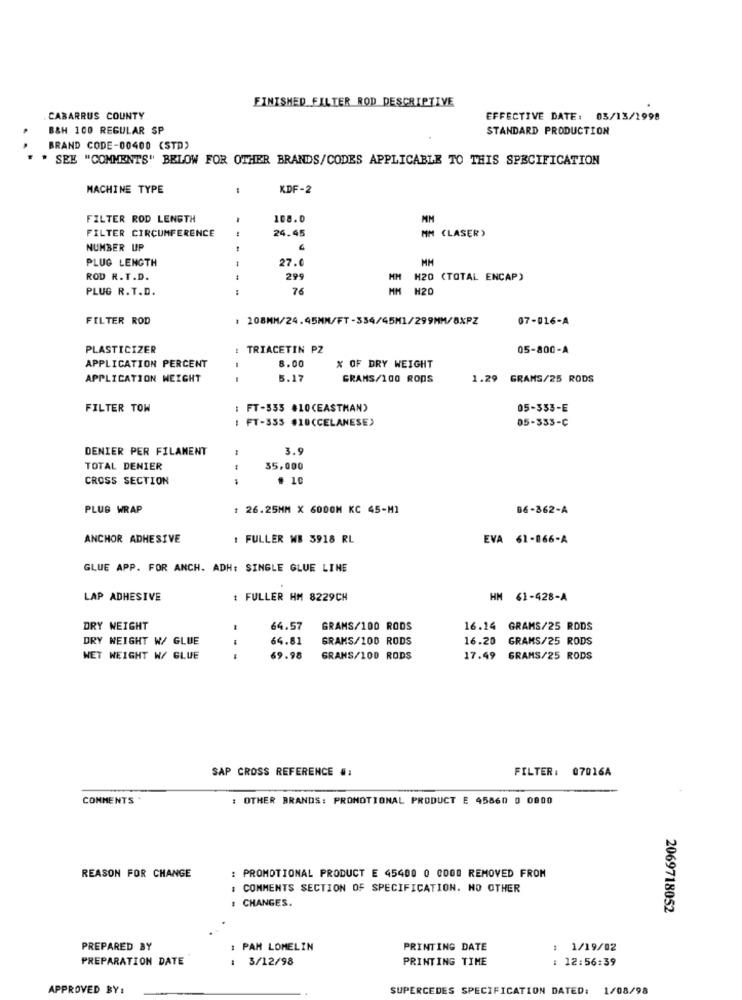
FINISHED FILTER ROD DESCRIPTIVE
CABARRUS COUNTY
EFFECTIVE DATE: 03/13/1998
B&H 100 REGULAR SP
STANDARD PRODUCTION
BRAND CODE-00400 (STD)
* SEE "COMMENTS" BELOW FOR OTHER BRANDS/CODES APPLICABLE TO THIS SPECIFICATION
MACHINE TYPE
KDF-2
FILTER ROD LENGTH
108.0
MM
FILTER CIRCUMFERENCE
24.45
MM (LASER)
NUMBER UP
PLUG LENGTH
27.0
MM
ROD R. T.D.
299
H20 (TOTAL ENCAP)
PLUG R.T.D.
---
76
MM H20
FILTER ROD
208MM/24.45MM/FT-334/45M1/299MM/8XPZ
07-016-A
PLASTICIZER
TRIACETIN PZ
05-800-A
8.00
APPLICATION PERCENT
% OF DRY WEIGHT
APPLICATION WEIGHT
5.17
GRAMS/100 RODS
1.29 GRAMS/25 RODS
FILTER TOW
: FT-555 #10(EASTMAN)
05-353-E
FT-355 #18(CELANESE)
05-333-C
DENIER PER FILAMENT
3.9
TOTAL DENIER
35,000
CROSS SECTION
# 10
PLUS WRAP
: 26.25MM X 6000M KC 45-MI
06-862-A
ANCHOR ADHESIVE
1 FULLER WB 3918 RL
EVA 61-866-A
GLUE APP. FOR ANCH. ADH: SINGLE GLUE LINE
LAP ADHESIVE
: FULLER HM 8229CH
HM 61-428-A
DRY WEIGHT
64.57
GRAMS/100 RODS
16.14 GRAMS/25 RODS
DRY WEIGHT W/ GLUE
64.81
GRAMS/100 RODS
16.20 GRAMS/25 RODS
NET WEIGHT W/ GLUE
69.98
GRANS/100 RODS
17.49 GRAMS/25 RODS
SAP CROSS REFERENCE #:
FILTER: 07016A
COMMENTS
OTHER BRANDS: PROMOTIONAL PRODUCT E 45860 0 0800
REASON FOR CHANGE
: PROMOTIONAL PRODUCT E 45400 0 0OOD REMOVED FROM
: COMMENTS SECTION OF SPECIFICATION. NO OTHER
CHANGES.
2069718052
PREPARED BY
: PAM LOMELIN
PRINTING DATE
1/19/02
PREPARATION DATE
: 3/12/98
PRINTING TIME
: 12:56:39
APPROVED BY:
SUPERCEDES SPECIFICATION DATED: 1/08/98